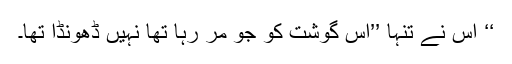
‘‘ اُس نے تنہا ’’اُس گوشت کو جو مر رہا تھا نہیں ڈھونڈا تھا۔